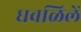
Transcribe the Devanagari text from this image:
धवळिलें